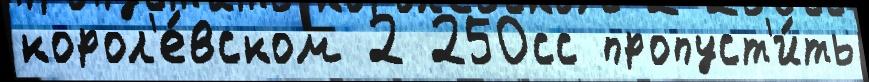
корол'е́вском 2 250сс пропуст'и́ть